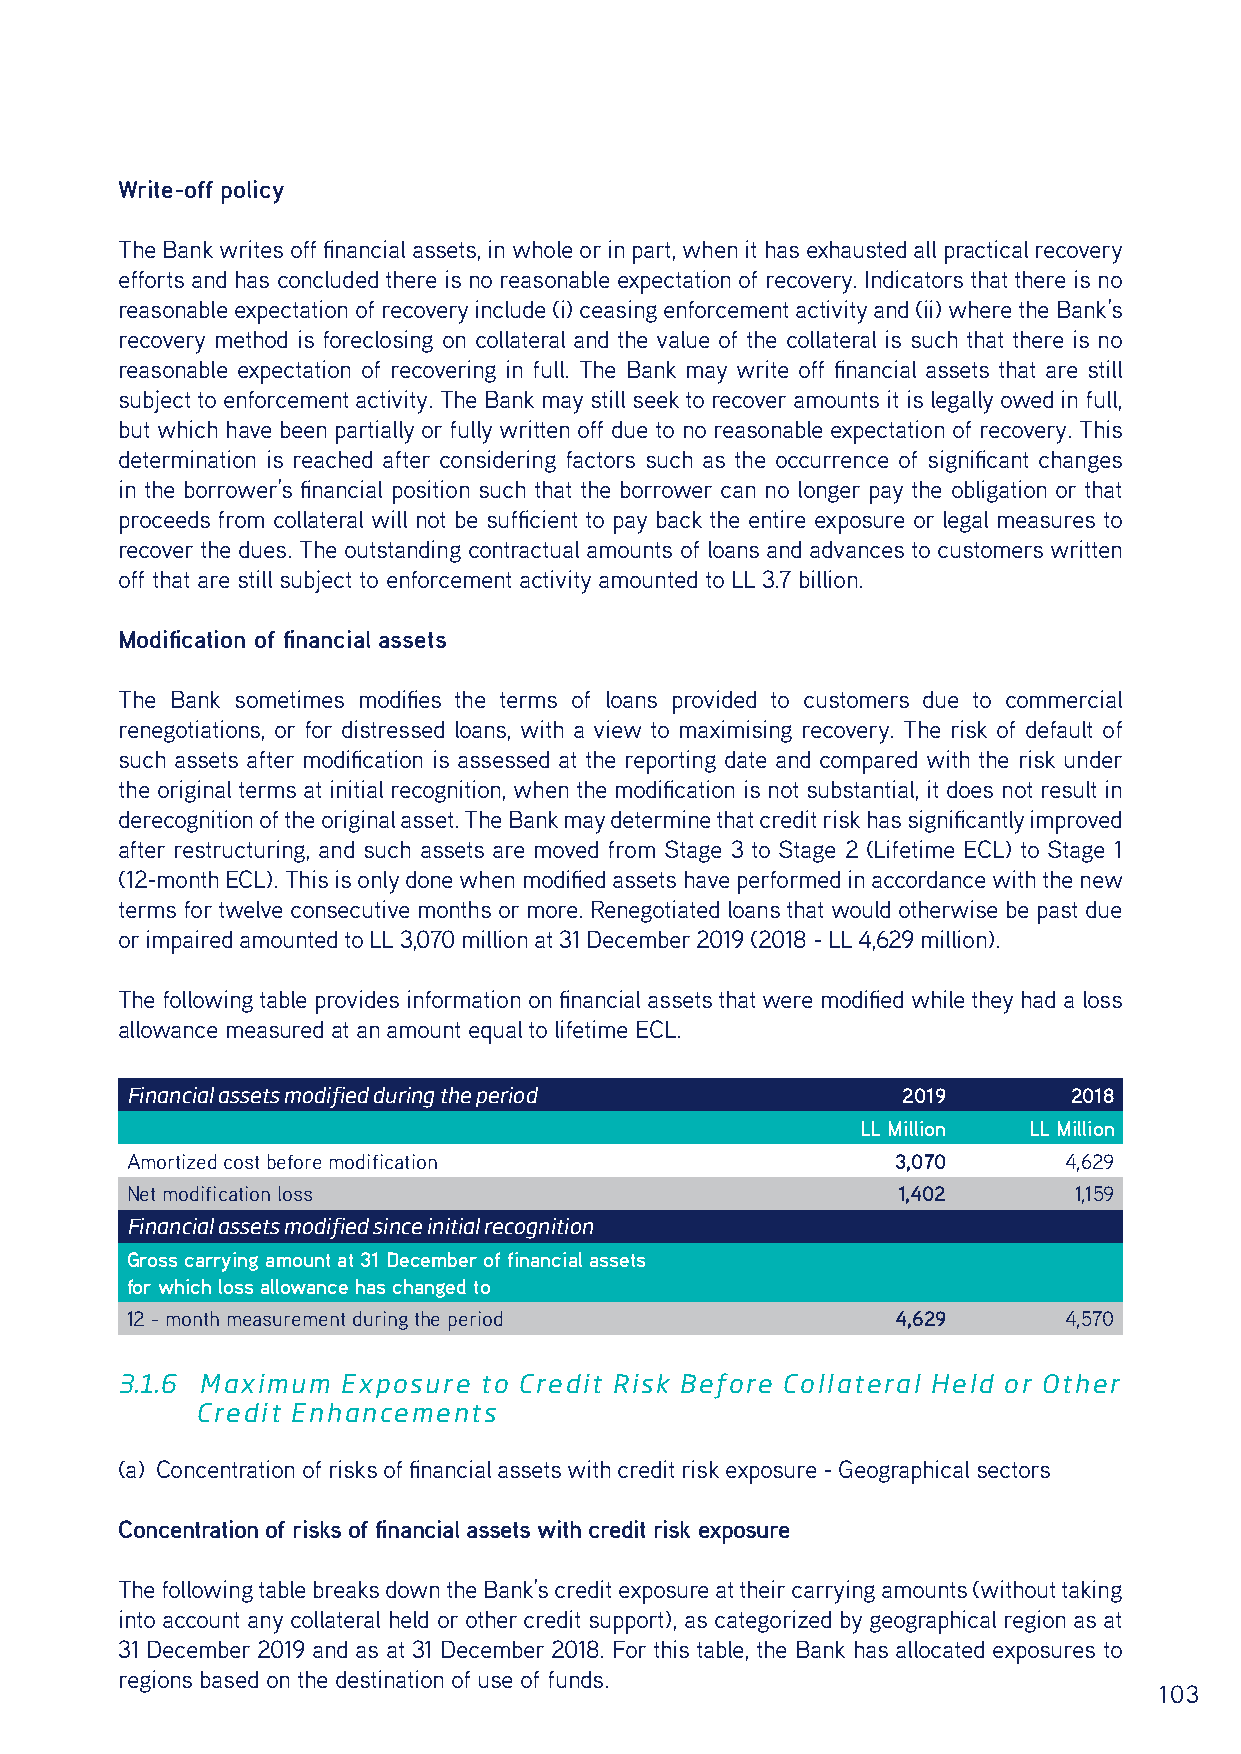
Write-off policy
 The Bank writes off financial assets, in whole or in part, when it has exhausted all practical recovery
 efforts and has concluded there is no reasonable expectation of recovery. Indicators that there is no
 reasonable expectation of recovery include (i) ceasing enforcement activity and (ii) where the Bank’s
 recovery method is foreclosing on collateral and the value of the collateral is such that there is no
 reasonable expectation of recovering in full. The Bank may write off financial assets that are still
 subject to enforcement activity. The Bank may still seek to recover amounts it is legally owed in full,
 but which have been partially or fully written off due to no reasonable expectation of recovery. This
 determination is reached after considering factors such as the occurrence of significant changes
 in the borrower’s financial position such that the borrower can no longer pay the obligation or that
 proceeds from collateral will not be sufficient to pay back the entire exposure or legal measures to
 recover the dues. The outstanding contractual amounts of loans and advances to customers written
 off that are still subject to enforcement activity amounted to LL 3.7 billion.
 Modification of financial assets
 The Bank sometimes modifies the terms of loans provided to customers due to commercial
 renegotiations, or for distressed loans, with a view to maximising recovery. The risk of default of
 such assets after modification is assessed at the reporting date and compared with the risk under
 the original terms at initial recognition, when the modification is not substantial, it does not result in
 derecognition of the original asset. The Bank may determine that credit risk has significantly improved
 after restructuring, and such assets are moved from Stage 3 to Stage 2 (Lifetime ECL) to Stage 1
 (12-month ECL). This is only done when modified assets have performed in accordance with the new
 terms for twelve consecutive months or more. Renegotiated loans that would otherwise be past due
 or impaired amounted to LL 3,070 million at 31 December 2019 (2018 - LL 4,629 million).
 The following table provides information on financial assets that were modified while they had a loss
 allowance measured at an amount equal to lifetime ECL.
 Financial assets modified during the period         2019       2018
 LL Million LL Million
 Amortized cost before modification                 3,070      4,629
 Net modification loss                              1,402       1,159
 Financial assets modified since initial recognition
 Gross carrying amount at 31 December of financial assets
 for which loss allowance has changed to
 12 - month measurement during the period           4,629      4,570
 3.1.6 Maximum  Exposure to Credit Risk Before Collateral Held or Other
 Credit Enhancements
 (a) Concentration of risks of financial assets with credit risk exposure - Geographical sectors
 Concentration of risks of financial assets with credit risk exposure
 The following table breaks down the Bank’s credit exposure at their carrying amounts (without taking
 into account any collateral held or other credit support), as categorized by geographical region as at
 31 December 2019 and as at 31 December 2018. For this table, the Bank has allocated exposures to
 regions based on the destination of use of funds.
 103